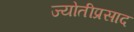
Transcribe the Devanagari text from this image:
ज्योतीप्रसाद